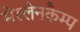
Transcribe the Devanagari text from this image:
मेल्लेनकैम्प